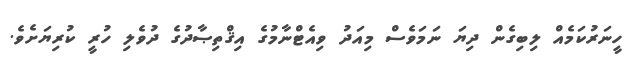
ހީނަރުކަމެއް ލިބިގެން ދިޔަ ނަމަވެސް މިއަދު ވިއެޓްނާމުގެ އިޤްތިޞާދުގެ ދުވެލި ހުރީ ކުރިޔަށެވެ.